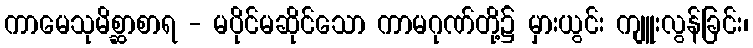
ကာမေသုမိစ္ဆာစာရ - မပိုင်မဆိုင်သော ကာမဂုဏ်တို့၌ မှားယွင်း ကျူးလွန်ခြင်း၊